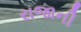
રાજાની